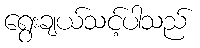
ရွေးချယ်သင့်ပါသည်